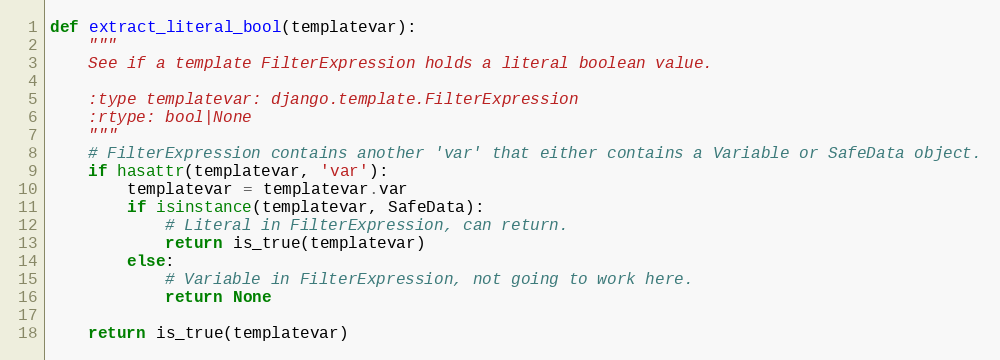
Language: Python
def extract_literal_bool(templatevar):
    """
    See if a template FilterExpression holds a literal boolean value.

    :type templatevar: django.template.FilterExpression
    :rtype: bool|None
    """
    # FilterExpression contains another 'var' that either contains a Variable or SafeData object.
    if hasattr(templatevar, 'var'):
        templatevar = templatevar.var
        if isinstance(templatevar, SafeData):
            # Literal in FilterExpression, can return.
            return is_true(templatevar)
        else:
            # Variable in FilterExpression, not going to work here.
            return None

    return is_true(templatevar)